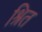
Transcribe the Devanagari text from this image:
श्रित